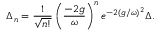
\Delta _ { n } = \frac { 1 } { \sqrt { n ! } } \left( \frac { - 2 g } { \omega } \right) ^ { n } e ^ { - 2 ( g / \omega ) ^ { 2 } } \Delta .